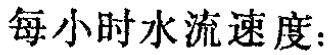
每小时水流速度：